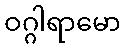
ဝဂ္ဂါရာမော